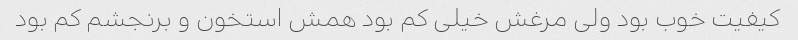
کیفیت خوب بود ولی مرغش خیلی کم بود همش استخون و برنجشم کم بود